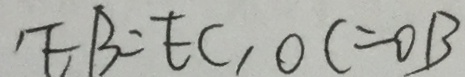
E B = E C , O C = O B